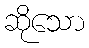
ဆိုသော